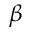
\beta